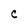
Character: C